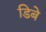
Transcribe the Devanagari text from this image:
डिबे